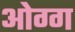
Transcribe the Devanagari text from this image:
ओग्ग